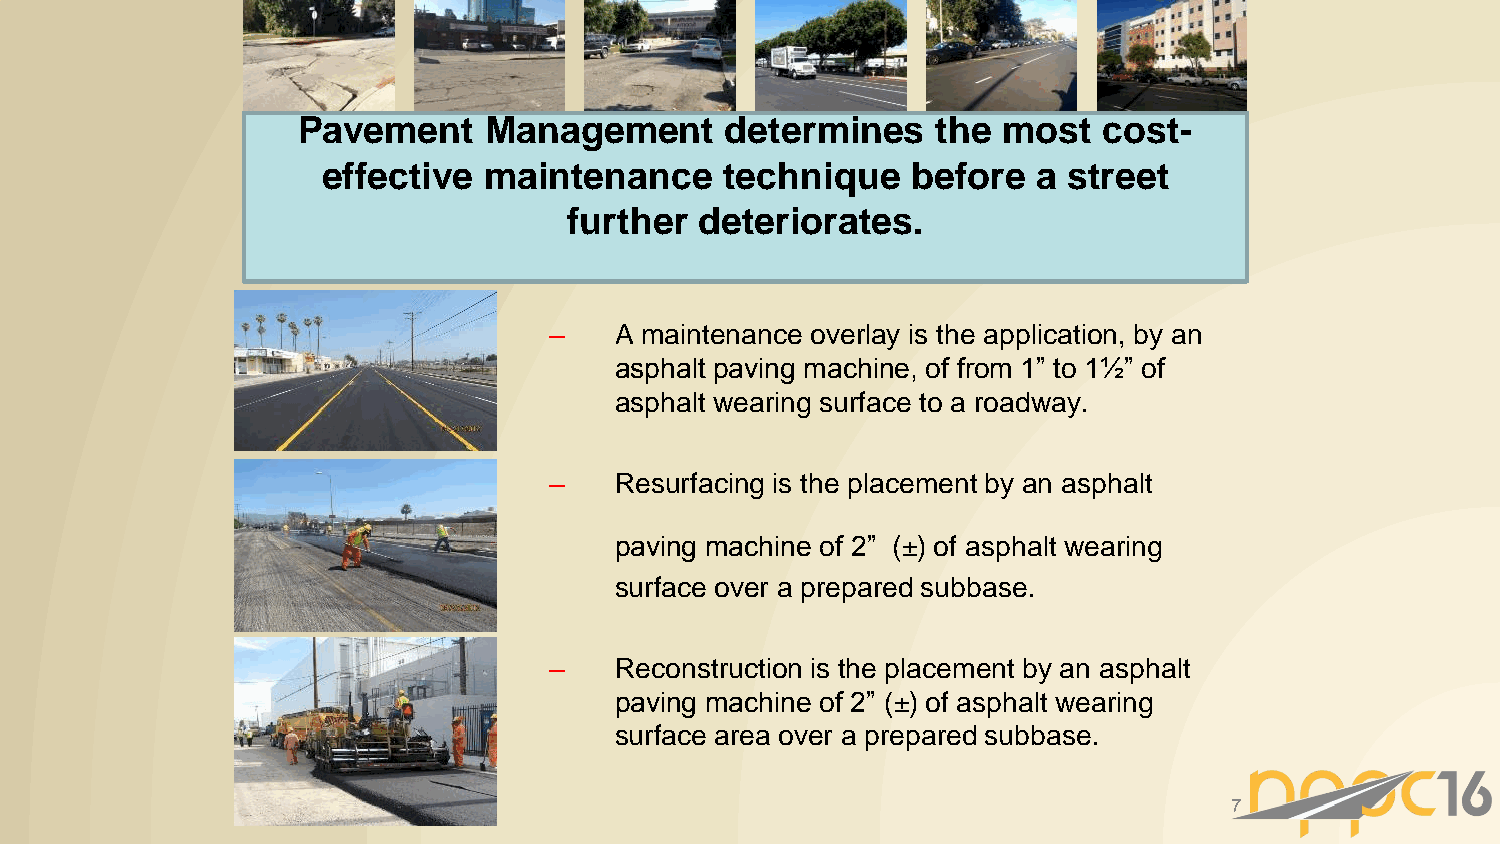
Pavement    Management      determines    the most   cost-
 effective  maintenance     technique   before   a street
 further deteriorates.
 –    A maintenance overlay is the application, by an
 asphalt paving machine, of from 1” to 1½” of
 asphalt wearing surface to a roadway.
 –    Resurfacing is the placement by an asphalt
 paving machine of 2” (±) of asphalt wearing
 surface over a prepared subbase.
 –    Reconstruction is the placement by an asphalt
 paving machine of 2” (±) of asphalt wearing
 surface area over a prepared subbase.
 7